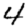
Digit: 4